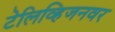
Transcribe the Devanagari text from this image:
टेलिव्हिजनवर